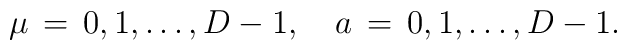
\mu \,=\,0,1, \ldots, D-1, \quad a \,=\,0,1, \ldots, D-1.